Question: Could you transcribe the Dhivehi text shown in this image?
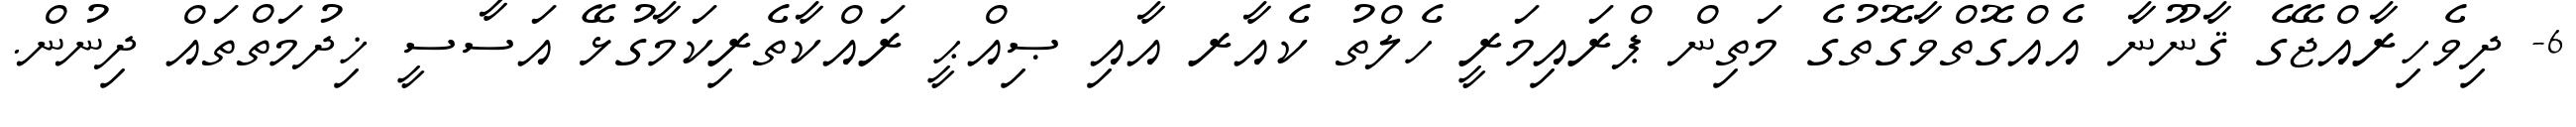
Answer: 6- ދިވެހިރާއްޖޭގެ ޤާނޫނާ އެއްގޮތްވާގޮތުގެ މަތިން ޕްރައިމަރީ ހެލްތު ކެއާރ އާއި ޞިއްޙީ ރައްކާތެރިކަމާގުޅޭ އަސާސީ ޚިދުމަތްތައް ދިނުން.